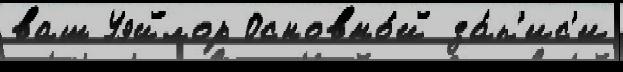
ваш Уэйлор Основно́й за́п'ис'и